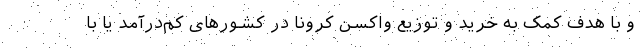
و با هدف کمک به خرید و توزیع واکسن کرونا در کشورهای کم‌درآمد یا با